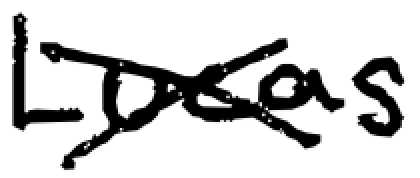
Text: Lucas.
Cross-out: cross
Writing tool: digital_black